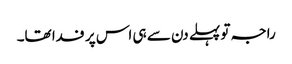
راجہ تو پہلے دن سے ہی اس پر فدا تھا۔